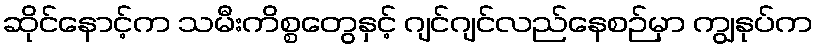
ဆိုင်နောင့်က သမီးကိစ္စတွေနှင့် ဂျင်ဂျင်လည်နေစဉ်မှာ ကျွနုပ်က